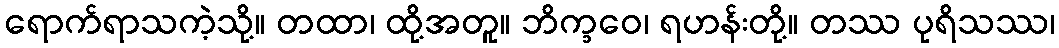
ရောက်ရာသကဲ့သို့။ တထာ၊ ထို့အတူ။ ဘိက္ခဝေ၊ ရဟန်းတို့။ တဿ ပုရိသဿ၊